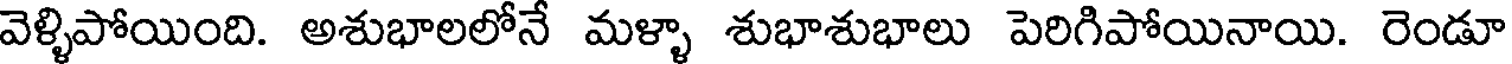
వెళ్ళిపోయింది. అశుభాలలోనే మళ్ళా శుభాశుభాలు పెరిగిపోయినాయి. రెండూ